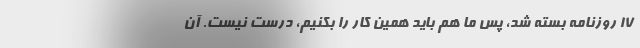
۱۷ روزنامه بسته شد، پس ما هم باید همین کار را بکنیم، درست نیست. آن